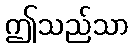
ဤသည်သာ